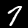
Label: 7